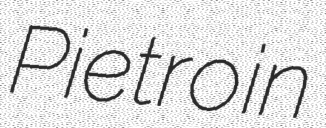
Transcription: Pietro in